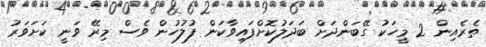
ތެރެއިން 2 މީހަކު ގޭބަންދަށް ބަދަލުކޮށްފައިވާކަން ފުލުހުން ވެސް މިރޭ ވަނީ ކަށަވަރު